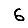
Digit: 6